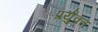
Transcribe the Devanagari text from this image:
प्रर्युक्त